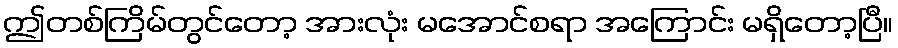
ဤတစ်ကြိမ်တွင်တော့ အားလုံး မအောင်စရာ အကြောင်း မရှိတော့ပြီ။